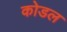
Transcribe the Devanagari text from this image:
कोडल